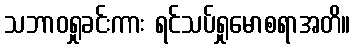
သဘာဝရှုခင်းကား ရင်သပ်ရှုမောစရာအတိ။